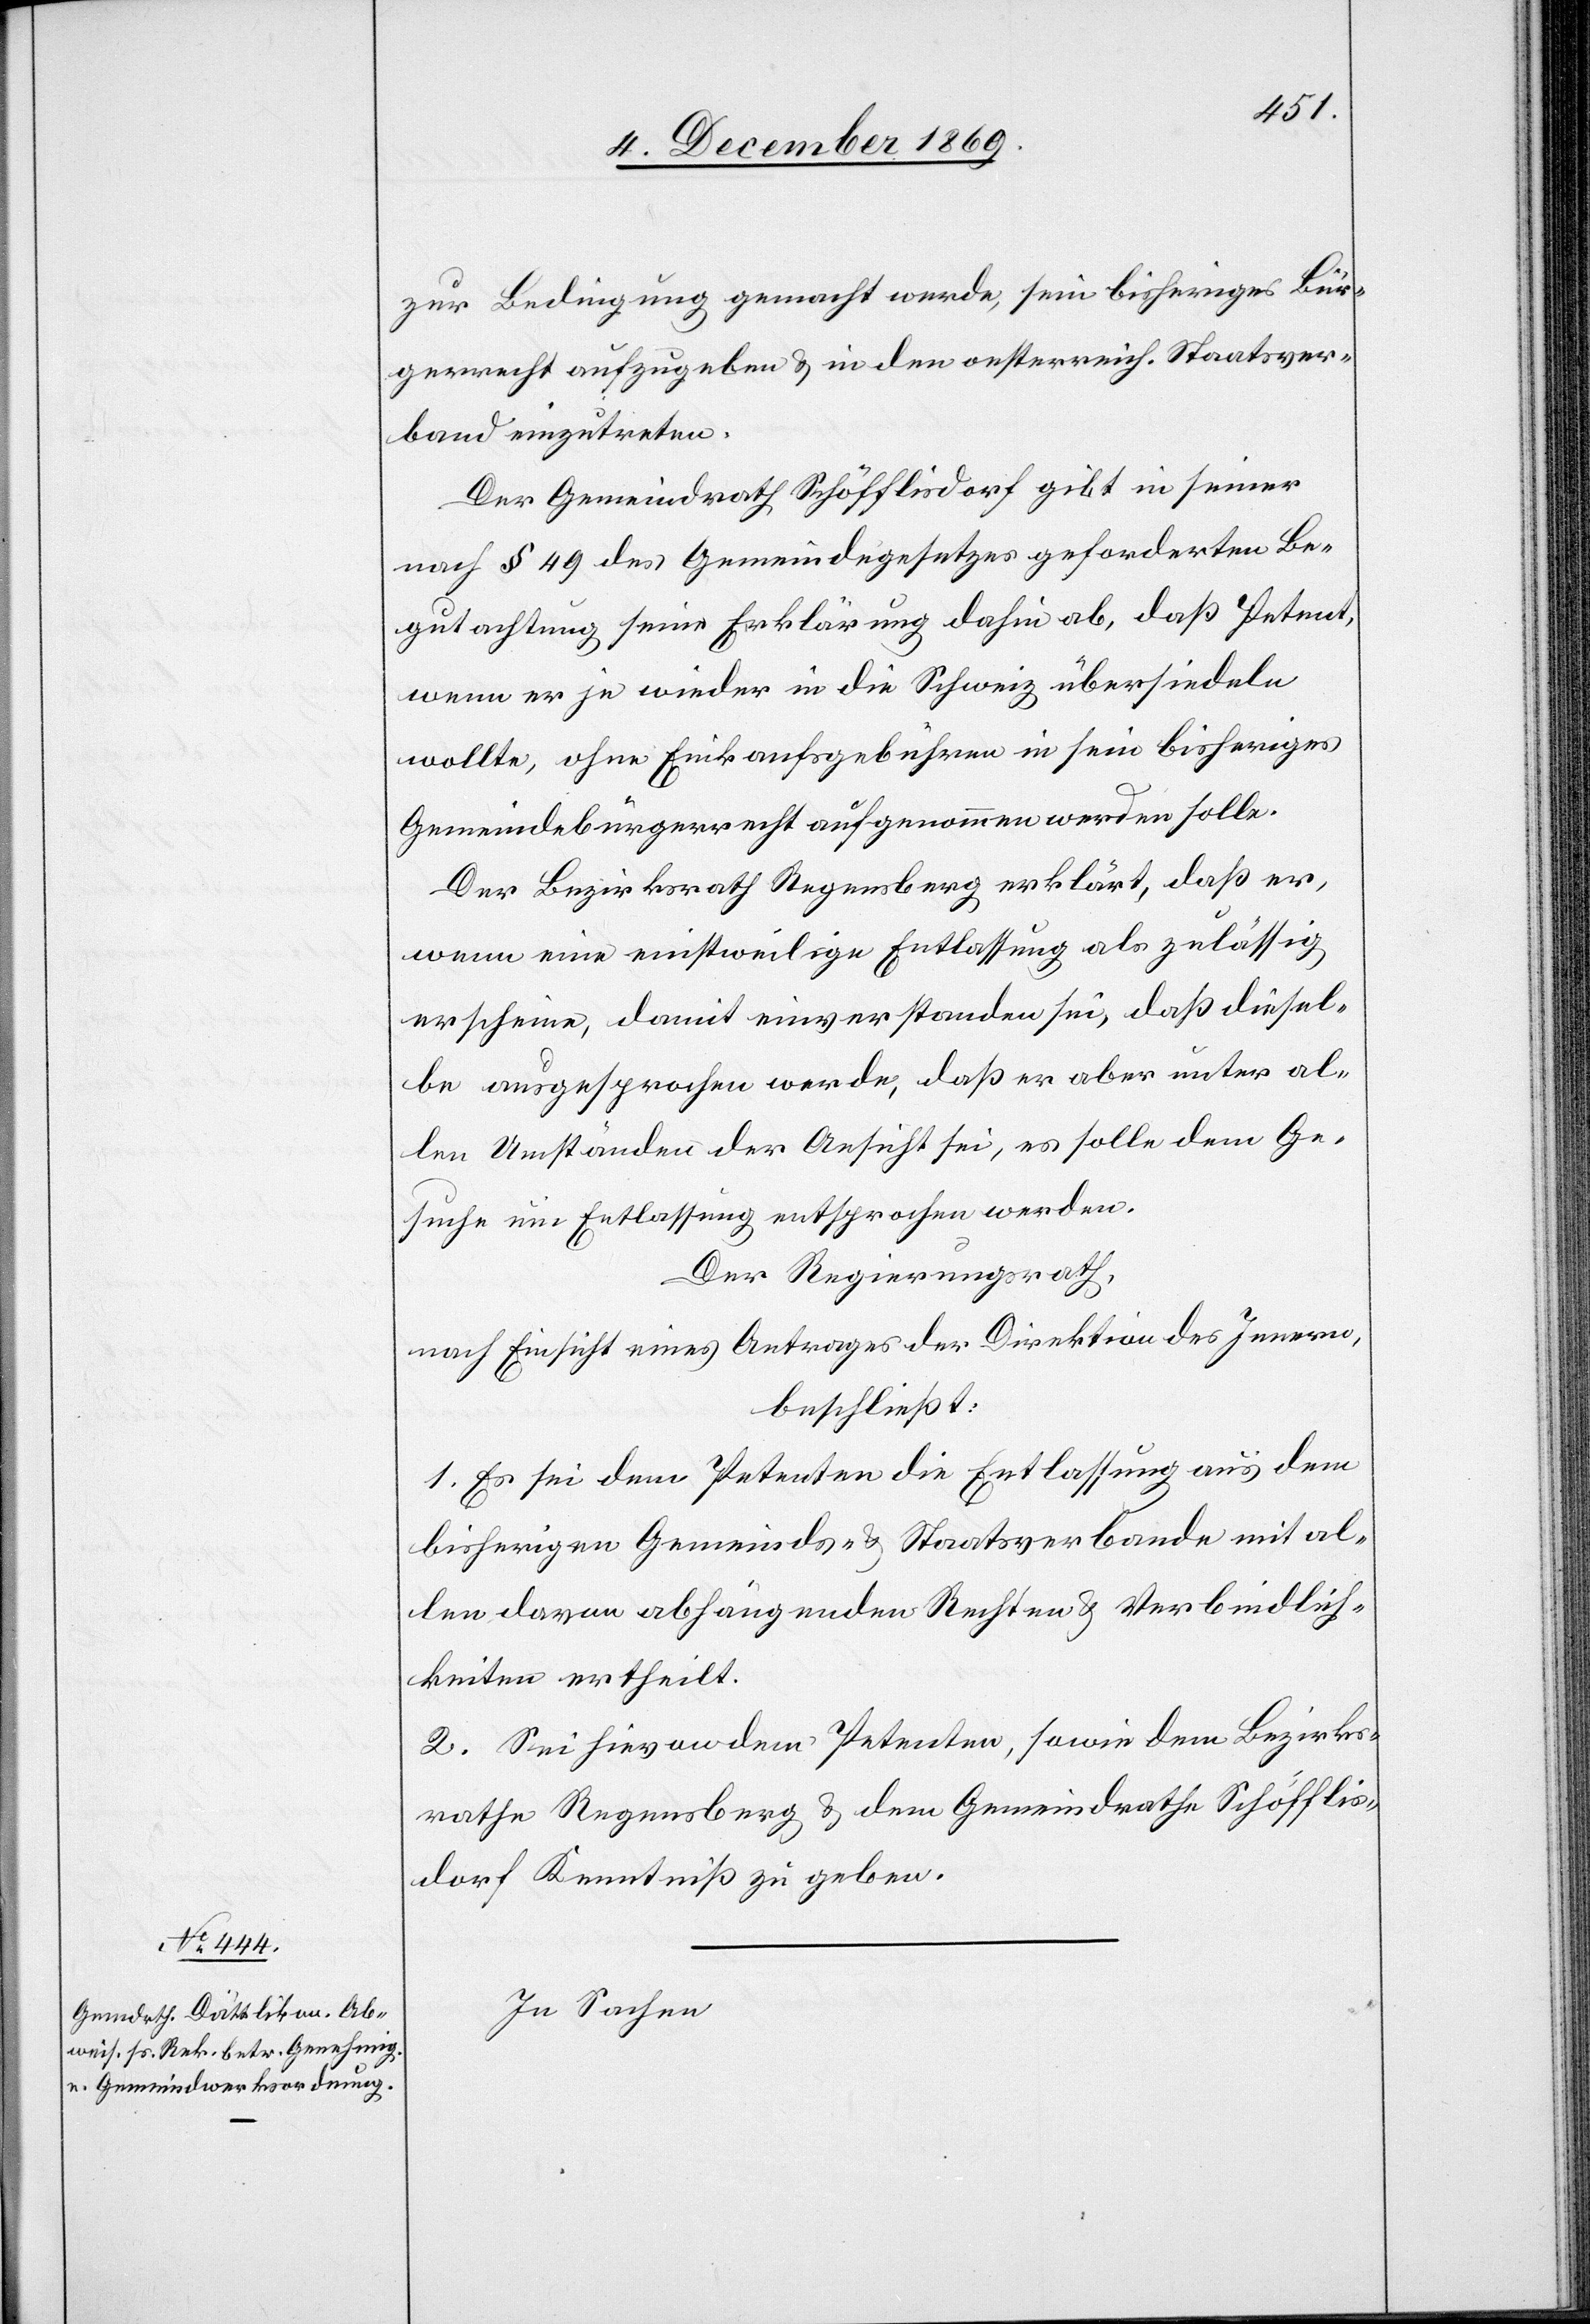
zur Bedingung gemacht werde, sein bisheriges Bür¬
gerrecht aufzugeben & in den oesterreich. Staatsver¬
band einzutreten.
Der Gemeindrath Schöfflisdorf gibt in seiner
nach § 49 des Gemeindegesetzes geforderten Be¬
gutachtung seine Erklärung dahin ab, daß Petent,
wenn er je wieder in die Schweiz übersiedeln
wollte, ohne Einkaufsgebühren in sein bisheriges
Gemeindebürgerrecht aufgenommen werden solle.
Der Bezirksrath Regensberg erkärt, daß er,
wenn eine einstweilige Entlassung als zulässig
erscheine, damit einverstanden sei, daß diesel¬
be ausgesprochen werde, daß er aber unter al¬
len Umständen der Ansicht sei, es solle dem Ge¬
suche um Entlassung entsprochen werden.
Der Regierungsrath,
nach Einsicht eines Antrages der Direktion des Innern,
beschließt:
1. Es sei dem Petenten die Entlassung aus dem
bisherigen Gemeinds- & Staatsverbande mit al¬
len davon abhängenden Rechten & Verbindlich¬
keiten ertheilt.
2. Sei hievon dem Petenten, sowie dem Bezirks¬
rathe Regensberg & dem Gemeindrathe Schöfflis¬
dorf Kenntniß zu geben.